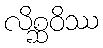
လိစ္ဆဝိဿ